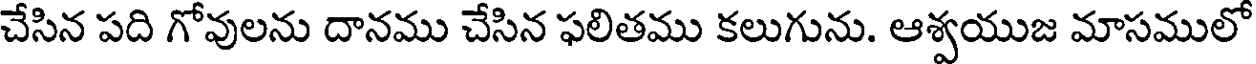
చేసిన పది గోవులను దానము చేసిన ఫలితము కలుగును. ఆశ్వయుజ మాసములో